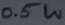
Text: 0.5W